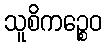
သူစိကဉ္စေဝ